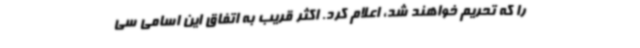
را که تحریم خواهند شد، اعلام کرد. اکثر قریب به اتفاق این اسامی سی